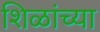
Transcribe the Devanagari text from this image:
शिळांच्या